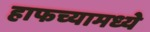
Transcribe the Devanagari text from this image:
हाफच्यामध्ये